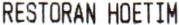
RESTORAN HOETIM